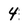
Character: 4